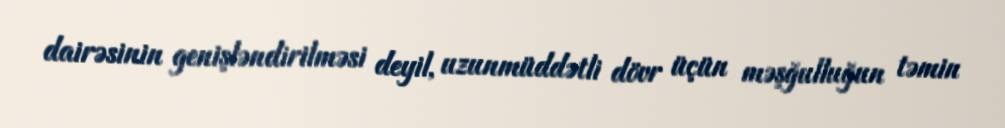
dairəsinin genişləndirilməsi deyil, uzunmüddətli dövr üçün məşğulluğun təmin